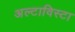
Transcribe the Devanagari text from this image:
अल्टाविस्टा